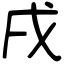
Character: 戌